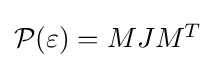
{\textstyle {\mathcal {P}}(\varepsilon )=MJM^{T}}